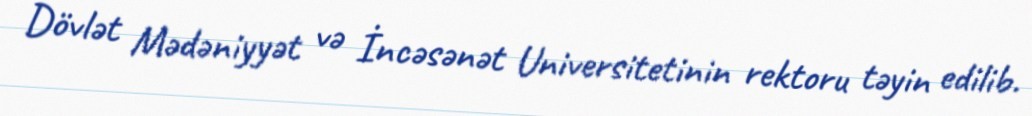
Dövlət Mədəniyyət və İncəsənət Universitetinin rektoru təyin edilib.